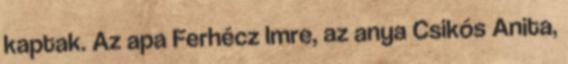
kaptak. Az apa Ferhécz Imre, az anya Csikós Anita,